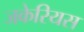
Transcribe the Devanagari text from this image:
जकेरियस